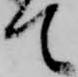
て